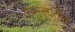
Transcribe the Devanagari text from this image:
तालुक्यतीळ